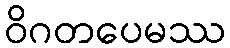
ဝိဂတပေမဿ